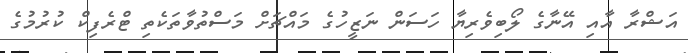
އަޝްރާ އާއި އޭނާގެ ލޯބިވެރިޔާ ހަސަން ނަޒީހުގެ މައްޗަށް މަސްތުވާތަކެތި ޓްރެފިކް ކުރުމުގެ